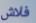
فلاش